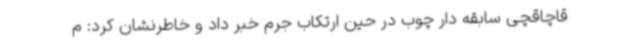
قاچاقچی سابقه دار چوب در حین ارتکاب جرم خبر داد و خاطرنشان کرد: م